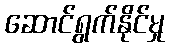
ဆောင်ရွက်နိုင်မှု